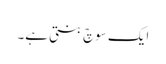
ایک سوچ بنتی ہے۔